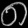
Digit: ၈